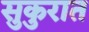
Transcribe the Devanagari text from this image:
सुकुरात